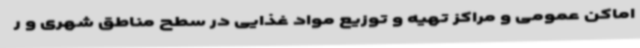
اماکن عمومی و مراکز تهیه و توزیع مواد غذایی در سطح مناطق شهری و ر